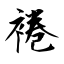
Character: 裷